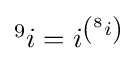
{\textstyle {}^{9}i=i^{\left({}^{8}i\right)}}